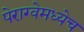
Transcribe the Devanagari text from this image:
पेराग्वेमध्येच